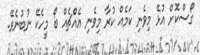
ގޯސްކޮށް އުޅޭ މިވެނި ކަމެއް ކުރާ މިވެނި އެއްެޗެއް ބޯ މީހެކޭ ނުބުނެވޭ.